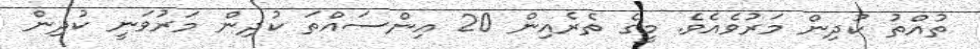
ތުއްތު ކުދިން މަރުވެއެވެ. މީގެ ތެރެއިން 20 އިންސައްތަ ކުދިން މަރުވަނީ ކުދިން